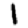
Digit: 1